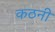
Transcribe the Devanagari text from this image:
कठनी